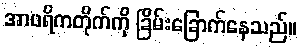
အာဖရိကတိုက်ကို ခြိမ်းခြောက်နေသည်။